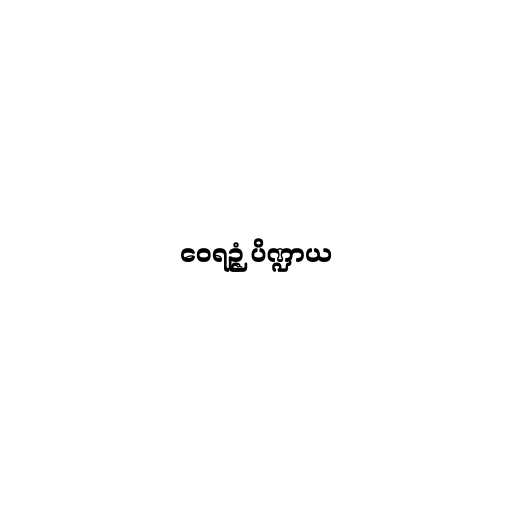
ဝေရဉ္ဇံ ပိဏ္ဍာယ